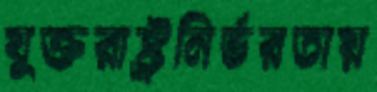
যুক্তরাষ্ট্রনির্ভরতায়